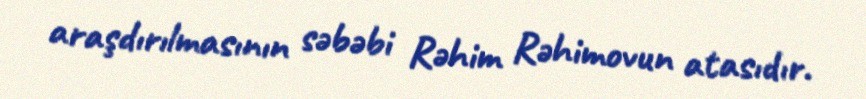
araşdırılmasının səbəbi Rəhim Rəhimovun atasıdır.